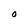
Character: O